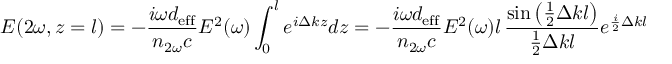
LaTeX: E ( 2 \omega , z = l ) = - { \frac { i \omega d _ { \mathrm { e f f } } } { n _ { 2 \omega } c } } E ^ { 2 } ( \omega ) \int _ { 0 } ^ { l } { e ^ { i \Delta k z } d z } = - { \frac { i \omega d _ { \mathrm { e f f } } } { n _ { 2 \omega } c } } E ^ { 2 } ( \omega ) l \, { \frac { \sin { \left( { \frac { 1 } { 2 } } \Delta k l \right) } } { { \frac { 1 } { 2 } } \Delta k l } } e ^ { { \frac { i } { 2 } } \Delta k l }